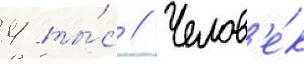
4 ты́с // Челов'е́к